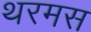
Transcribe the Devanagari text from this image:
थरमस